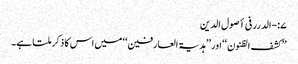
۷:-الدرر فی أصول الدین
’’کشف الظنون‘‘ اور ’’ہدیۃ العارفین‘‘ میں اس کا ذکر ملتا ہے۔